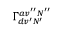
\Gamma _ { d v ^ { \prime } N ^ { \prime } } ^ { a v ^ { \prime \prime } N ^ { \prime \prime } }